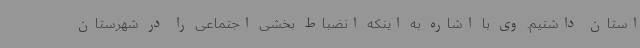
استان داشتیم. وی با اشاره به اینکه انضباط بخشی اجتماعی را در شهرستان